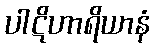
ပါဋိဟာရိယာနံ